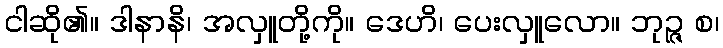
ငါဆို၏။ ဒါနာနိ၊ အလှူတို့ကို။ ဒေဟိ၊ ပေးလှူလော။ ဘုဉ္ဇ စ၊